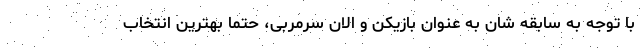
با توجه به سابقه شان به عنوان بازیکن و الان سرمربی، حتما بهترین انتخاب